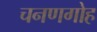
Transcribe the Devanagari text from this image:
चनणगोह